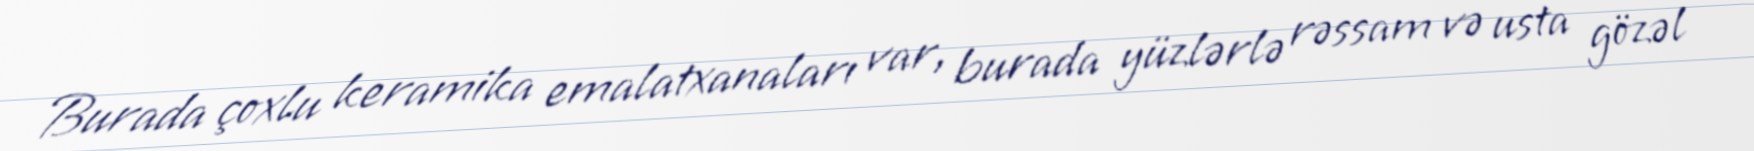
Burada çoxlu keramika emalatxanaları var, burada yüzlərlə rəssam və usta gözəl